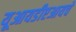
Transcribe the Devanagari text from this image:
यूआयडीएआयचे